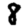
Digit: 8